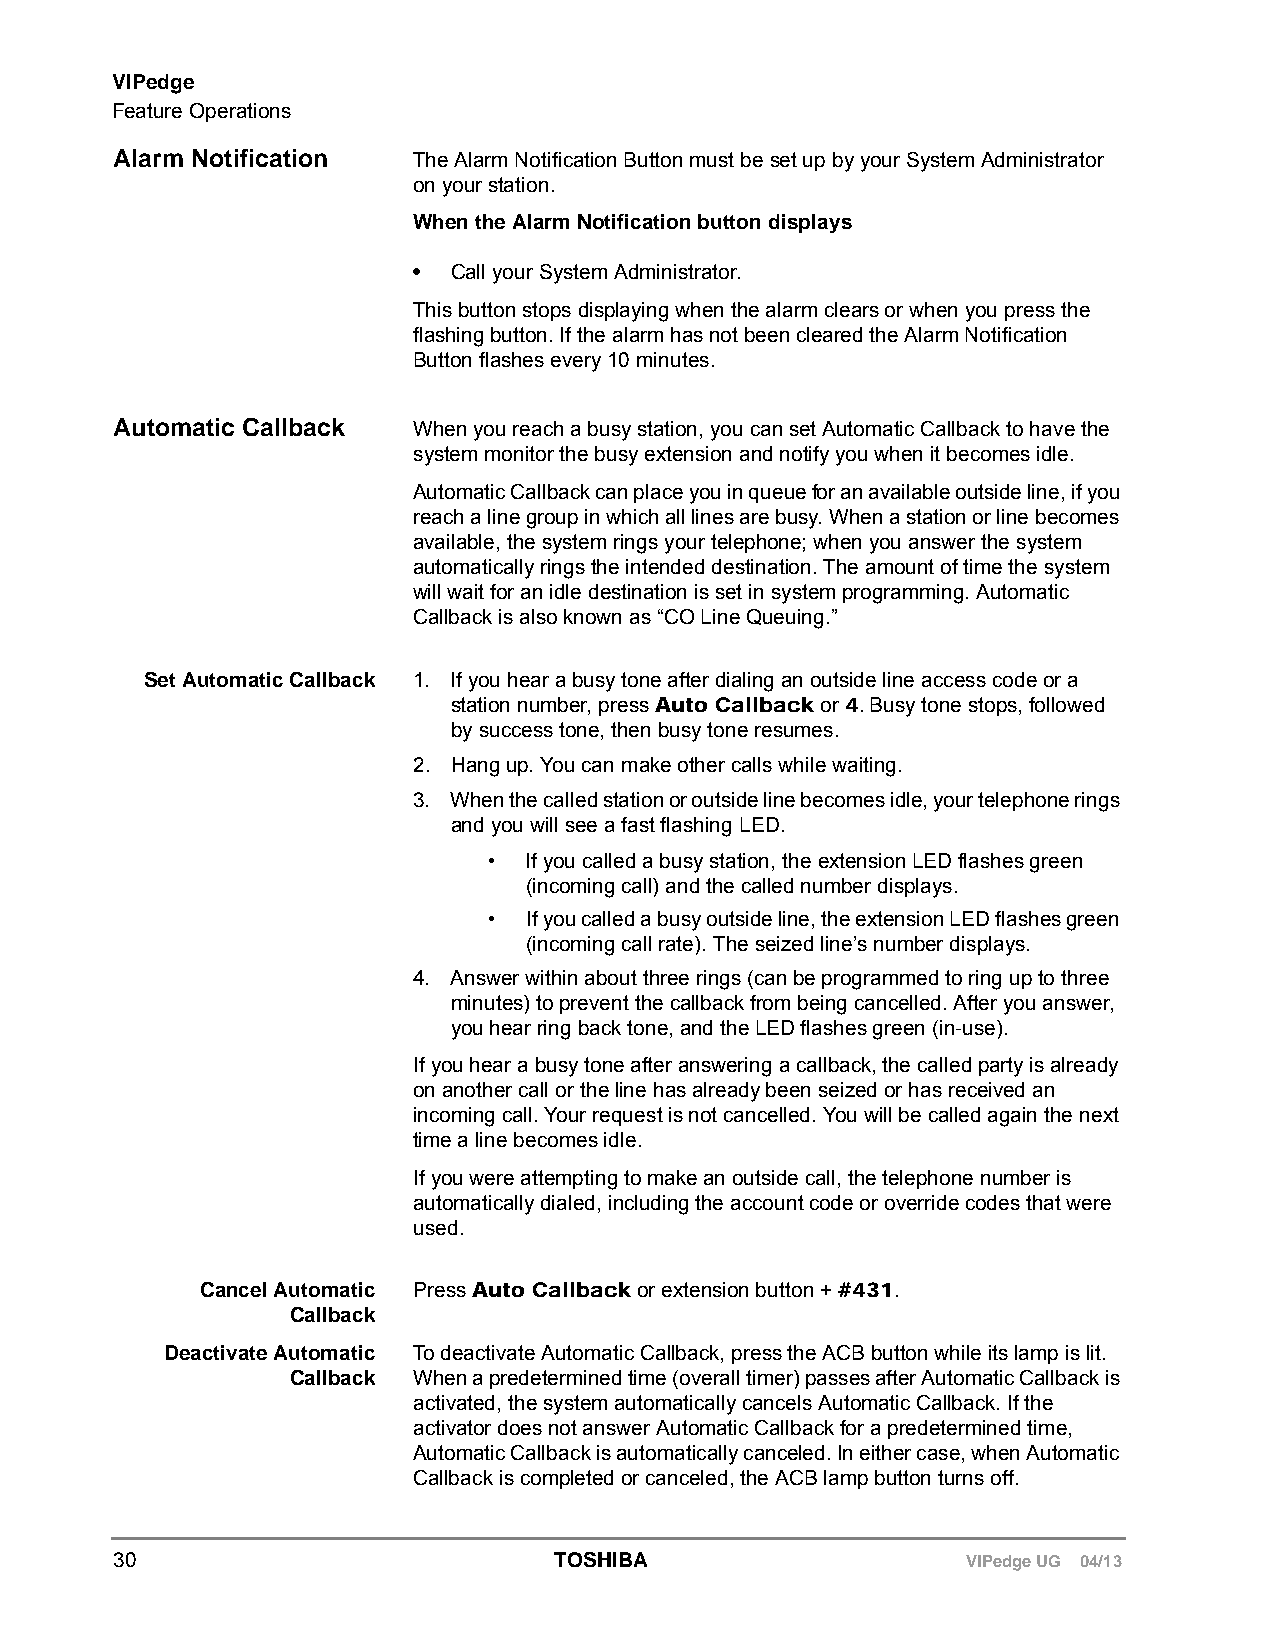
VIPedge
 Feature Operations
 Alarm Notification The Alarm Notification Button must be set up by your System Administrator
 on your station.
 When the Alarm Notification button displays
 •  Call your System Administrator.
 This button stops displaying when the alarm clears or when you press the
 flashing button. If the alarm has not been cleared the Alarm Notification
 Button flashes every 10 minutes.
 Automatic Callback When you reach a busy station, you can set Automatic Callback to have the
 system monitor the busy extension and notify you when it becomes idle.
 Automatic Callback can place you in queue for an available outside line, if you
 reach a line group in which all lines are busy. When a station or line becomes
 available, the system rings your telephone; when you answer the system
 automatically rings the intended destination. The amount of time the system
 will wait for an idle destination is set in system programming. Automatic
 Callback is also known as “CO Line Queuing.”
 Set Automatic Callback 1. If you hear a busy tone after dialing an outside line access code or a
 station number, press Auto Callback or 4. Busy tone stops, followed
 by success tone, then busy tone resumes.
 2. Hang up. You can make other calls while waiting.
 3. When the called station or outside line becomes idle, your telephone rings
 and you will see a fast flashing LED.
 •  If you called a busy station, the extension LED flashes green
 (incoming call) and the called number displays.
 •  If you called a busy outside line, the extension LED flashes green
 (incoming call rate). The seized line’s number displays.
 4. Answer within about three rings (can be programmed to ring up to three
 minutes) to prevent the callback from being cancelled. After you answer,
 you hear ring back tone, and the LED flashes green (in-use).
 If you hear a busy tone after answering a callback, the called party is already
 on another call or the line has already been seized or has received an
 incoming call. Your request is not cancelled. You will be called again the next
 time a line becomes idle.
 If you were attempting to make an outside call, the telephone number is
 automatically dialed, including the account code or override codes that were
 used.
 Cancel Automatic Press Auto Callback or extension button + #431.
 Callback
 Deactivate Automatic To deactivate Automatic Callback, press the ACB button while its lamp is lit.
 Callback When a predetermined time (overall timer) passes after Automatic Callback is
 activated, the system automatically cancels Automatic Callback. If the
 activator does not answer Automatic Callback for a predetermined time,
 Automatic Callback is automatically canceled. In either case, when Automatic
 Callback is completed or canceled, the ACB lamp button turns off.
 30                           TOSHIBA                    VIPedge UG 04/13